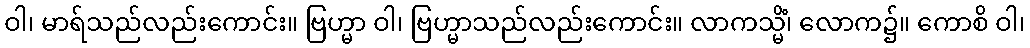
ဝါ၊ မာရ်သည်လည်းကောင်း။ ဗြဟ္မာ ဝါ၊ ဗြဟ္မာသည်လည်းကောင်း။ လာကသ္မိံ၊ လောက၌။ ကောစိ ဝါ၊